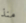
منذ